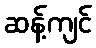
ဆန့်ကျင်